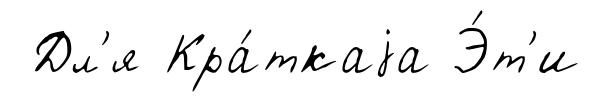
Дл'я Кра́ткаjа Э́т'и